Insane asylums in Bengal annual reports 1867-1875 - 1867-1875
Year: 1867
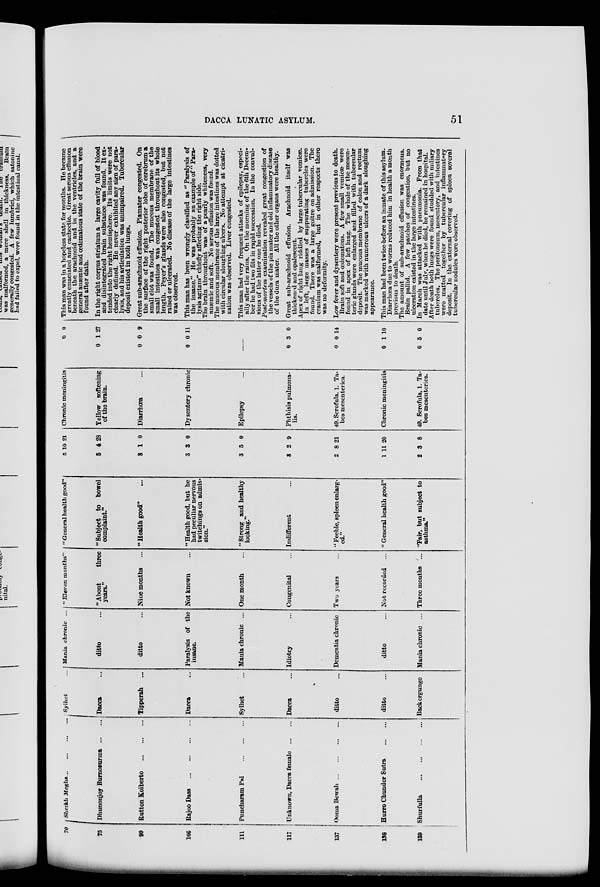
DACCA LUNATIC ASYLUM.
51
70
75
99
106
111
117
137
138
139
Sheikh Megha
...
...
...
...
Dhunonjoy Burnosurma
... ...
Rutton Koiberto
... ... ...
Rajoo Dass
... ... ... ...
Puncharam Pal
...
...
...
Unknown, Dacca female
...
...
Ooma Bewah
...
...
...
...
Hurro Chunder Sutra
...
...
Shurfulla
...
...
...
...
Sylhet ...
Dacca ...
Tipperah ...
Dacca ...
Sylhet ...
Dacca ...
ditto ...
ditto ...
Backergunge
Mania chronic ...
ditto ...
ditto ...
Paralysis of the
insane.
Mania chronic ...
Idiotcy ...
Dementia chronic
ditto ...
Mania chronic ...
" Eleven months"
"About
three
years."
Nine months ...
Not known ...
One month ...
Congenital ...
Two years ...
Not recorded ...
Three months ...
" General health good"
"Subject to bowel
complaint."
"Health good"
"Health good, but he
had peculiar nervous
twitchings on admis-
sion."
" Strong and healthy
looking."
Indifferent ...
"Feeble, spleen enlarg-
ed."
" General health good"
"Fair, but subject to
asthma."
5
5
3
3
3
8
2
1
2
10
4
1
3
5
2
8
11
3
21
28
0
0
0
9
21
20
8
Chronic meningitis
Yellow softening
of the brain.
Diarrhœa ...
Dysentery chronic
Epilepsy ...
Phthisis pulmona-
lis.
49. Scrofula. 1. Ta-
bes mesenterica.
Chronic meningitis
49. Scrofula, 1. Ta-
bes mesenterica.
0
0
0
0
1
0
0
0
27
9
11
......
0
0
0
0
3
0
1
5
0
14
10
0
This man was in a hopeless state for months. He became
greatly emaciated and cachectic. Great serous effusion
beneath the arachnoid and in the ventricles, and a
general anæmic and œdematous state of the brain were
found after dath.
In the right corpus striatum a large cavity full of blood
and disintegrated brain substance was found. It ex-
tended into the right hemisphere. Its limits were not
clearly defined. He never exhibited any sign of para-
lysis, and his articulation was unimpaired. Tubercular
deposit existed in both lungs.
Great sub-arachnoid effusion. Piamater congested. On
the surface of the right posterior lobe of cerebrum a
small clot was found. The mucous membrane of the
small intestines was congested throughout its whole
length. Peyer's glands were also congested, but not
raised or ulcerated. No disease of the large intestines
was observed.
This man has been wrongly classified as " Paralysis of
the insane." He was probably an example of " Para-
lysis agitans" chiefly affecting the right side.
The brain throughout was of a pearly whiteness, very
anæmic and soft. No serous effusion was found.
The mucous membrane of the large intestines was dotted
with circular sloughing ulcers. No attempt at cicatri-
zation was observed. Liver congested.
This man had very frequent attacks of epilepsy, especi-
ally after the rains. On the morning of the 6th Decem-
ber he had two fits in rapid succession. In the convul-
sions of the latter one he died.
Post-mortem examination revealed great congestion of
the vessels of the pia mater and old inflammatory disease
of the dura mater. All the other organs were healthy.
Great sub-arachnoid effusion. Arachnoid itself was
thickened and opalescent.
Apex of right lung riddled by large tubercular vomicæ.
In left, large masses of suppurating tubercles were
found. There was a large goitre on admission. The
cranium was malformed, but in other respects there
was no deformity.
Low fever and dysentery were present previous to death.
Brain soft and œdematous. A few small vomicæ were
found in apex of left lung. The whole of the mesen-
teric glands were enlarged and filled with tubercular
deposit. The mucous membrane of colon and rectum
was marked with numerous ulcers of a dark sloughing
appearance.
This man had been twice-before an inmate of this asylum.
Diarrhœa due to worms reduced him in health a month
previous to death.
The amount of sub-arachnoid effusion was enormous.
Brain pallid. A few patches of congestion, but no
ulceration existed in the large intestines.
In March was attacked with pneumonia. From that
date until July, when he died, he remained in hospital.
After death both lungs were found studded with miliary
tubercles. The peritoneum, mesentery, and intestines
were matted together by tubercular inflammatory
deposit. In the external covering of spleen several
tubercular nodules were observed.